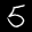
Label: 5